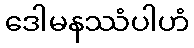
ဒေါမနဿံပါဟံ